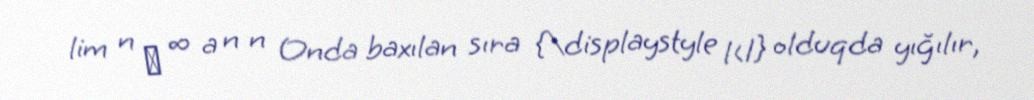
lim n → ∞ a n n Onda baxılan sıra {\displaystyle l<1} olduqda yığılır,